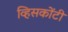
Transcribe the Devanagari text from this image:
व्हिसकोंटी